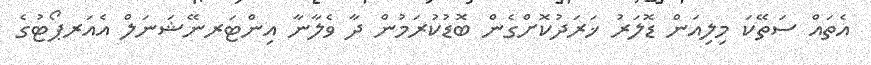
އެތައް ސަތޭކަ މިލިއަން ޑޮލަރު ޚަރަދުކޮށްގެން ބޮޑުކުރަމުން ދާ ވެލާނާ އިންޓަރނޭޝަނަލް އެއަރޕޯޓުގެ